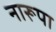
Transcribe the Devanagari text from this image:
नारूपा